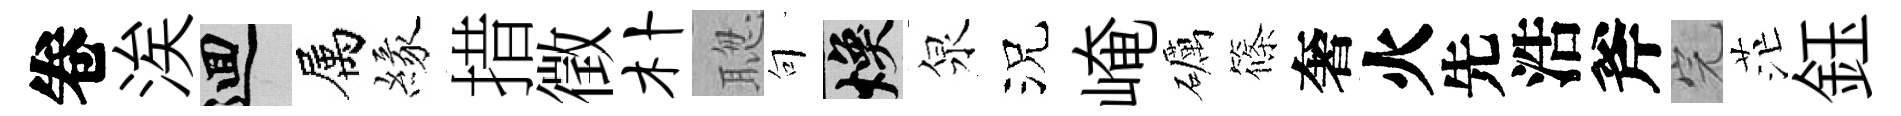
卷涘回属緣措徵朴聦句焕泉況崦礪篠奢火先浩斧完茫鈺